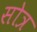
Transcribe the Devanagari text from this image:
सोत्र